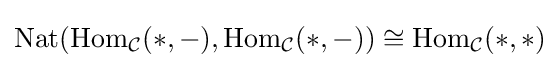
\mathrm {Nat} (\mathrm {Hom} _{\mathcal {C}}(*,-),\mathrm {Hom} _{\mathcal {C}}(*,-))\cong \mathrm {Hom} _{\mathcal {C}}(*,*)